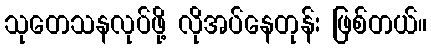
သုတေသနလုပ်ဖို့ လိုအပ်နေတုန်း ဖြစ်တယ်။